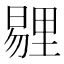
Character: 𪱁